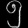
Digit: ၅